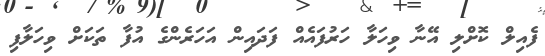
ފެއިލް ކޮޮށްލި އޭނާ ވިހަލާ ހަރުފައެއް ފަދައިން އަހަރެންގެ އުފާ ތަކަށް ވިހަލާފި